Korgessaare_vallavalitsus, lk 5
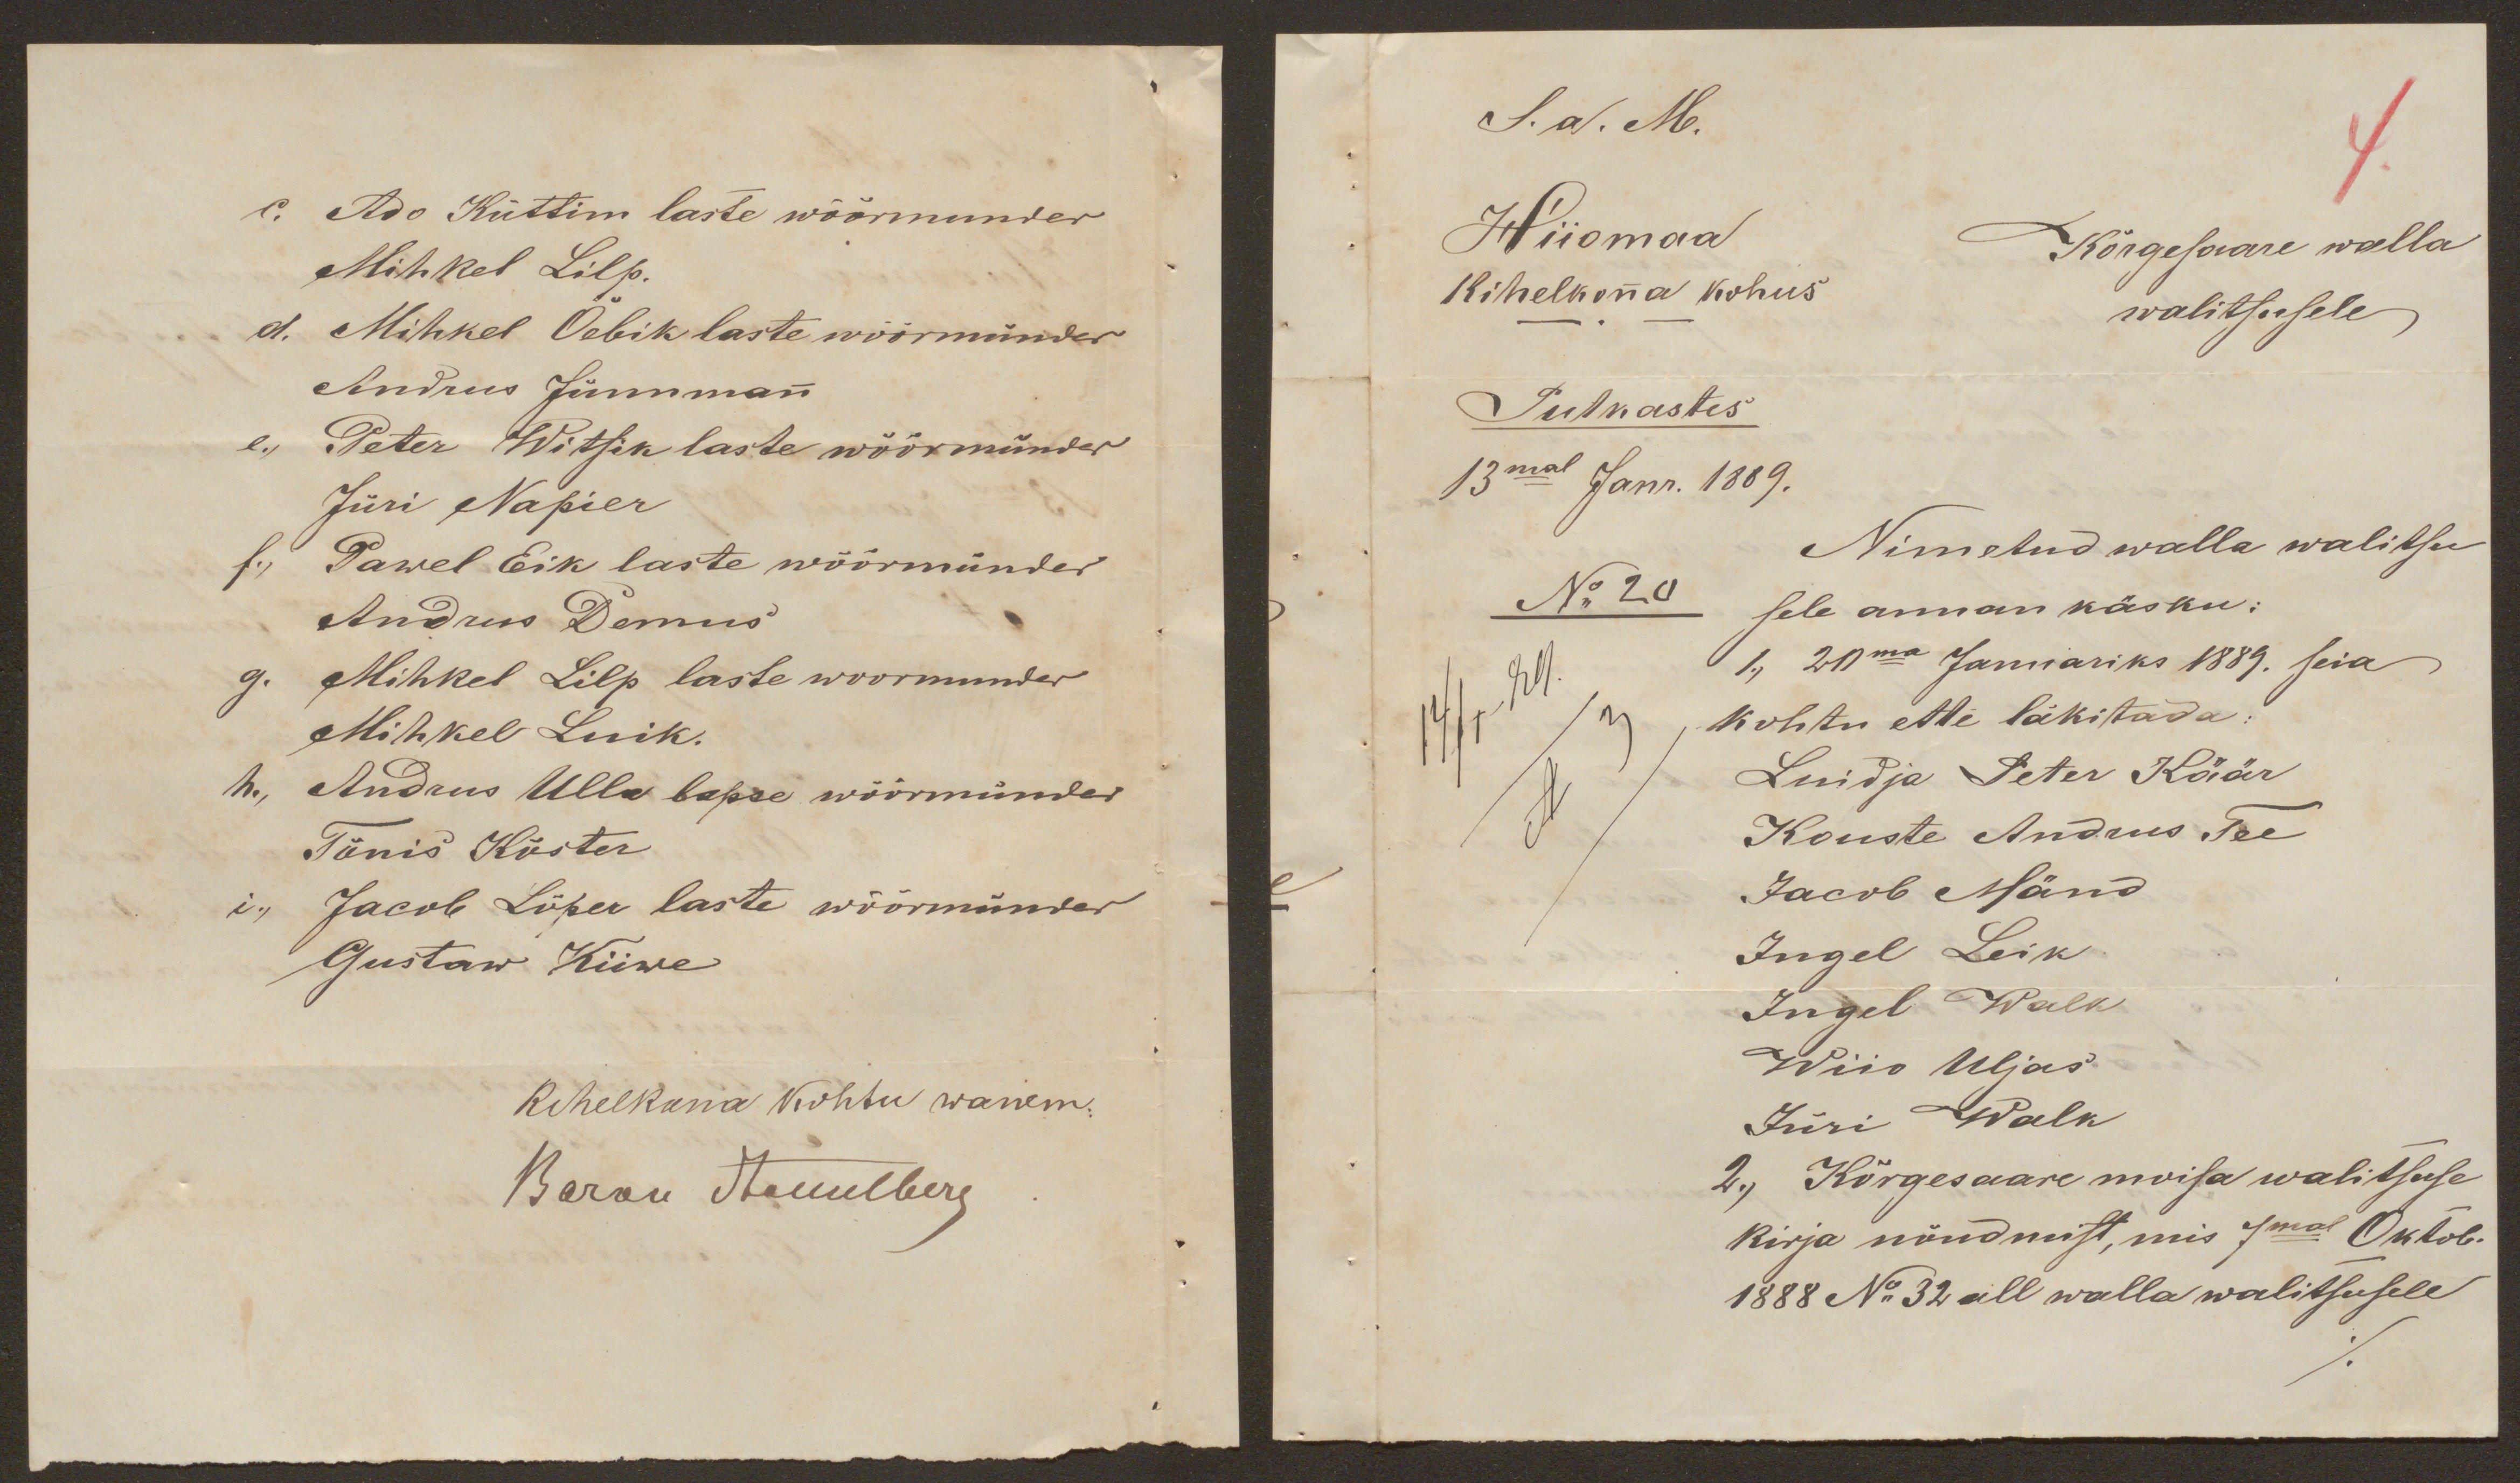
c. Ado Küttim laste wöörmunder
Mihkel Lilp.
d. Mihkel Õebik laste wöörmünder
Andrus Jürmman
e., Peter Witsik laste wöörmünder
Jüri Napier
f., Pawel Eeik laste wöörmünder
Andrus Demus
g. Mihkel Lilp laste woormunder
Mihkel Luik.
h., Andrus Ulla lapse wöörmünder
Tõnis Köster
i., Jacob Lõper laste wöörmünder
Gustaw Kiiwe
Kihelkona Kohtu wanem:
Baron Stackelberg

S. a. Me.
Hiiomaa
Kihelkona kohus
Kõrgesaare walla
walitsusele,
Putkastes
13mal Janr. 1889.
No 20
Nimetud walla walitsu
sele annan käsku:
1., 20ma Januariks 1889. seia
kohtu ette läkitada:
Luidja Peter Käär
Kouste Andrus Tee
Jacob Mänd
Ingel Leik
Ingel Walk
Wiio Uljas
Jüri Walk
2., Kõrgesaare moisa walitsuse
kirja nõudmist, mis 7mal Oktob.
1888 No 32 all walla walitsusele